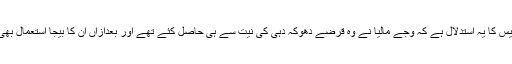
سی پی ایس کا یہ استدلال ہے کہ وجے مالیا نے وہ قرضے دھوکہ دہی کی نیت سے ہی حاصل کئے تھے اور بعدازاں ان کا بیجا استعمال بھی کیا گیا۔